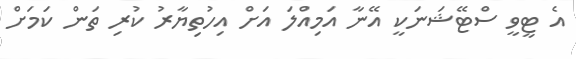
އެ ޓީވީ ސްޓޭޝަނަކީ އޭނާ އަމިއްލަ އަށް އިހުތިޔާރު ކުރި ތަން ކަމަށް